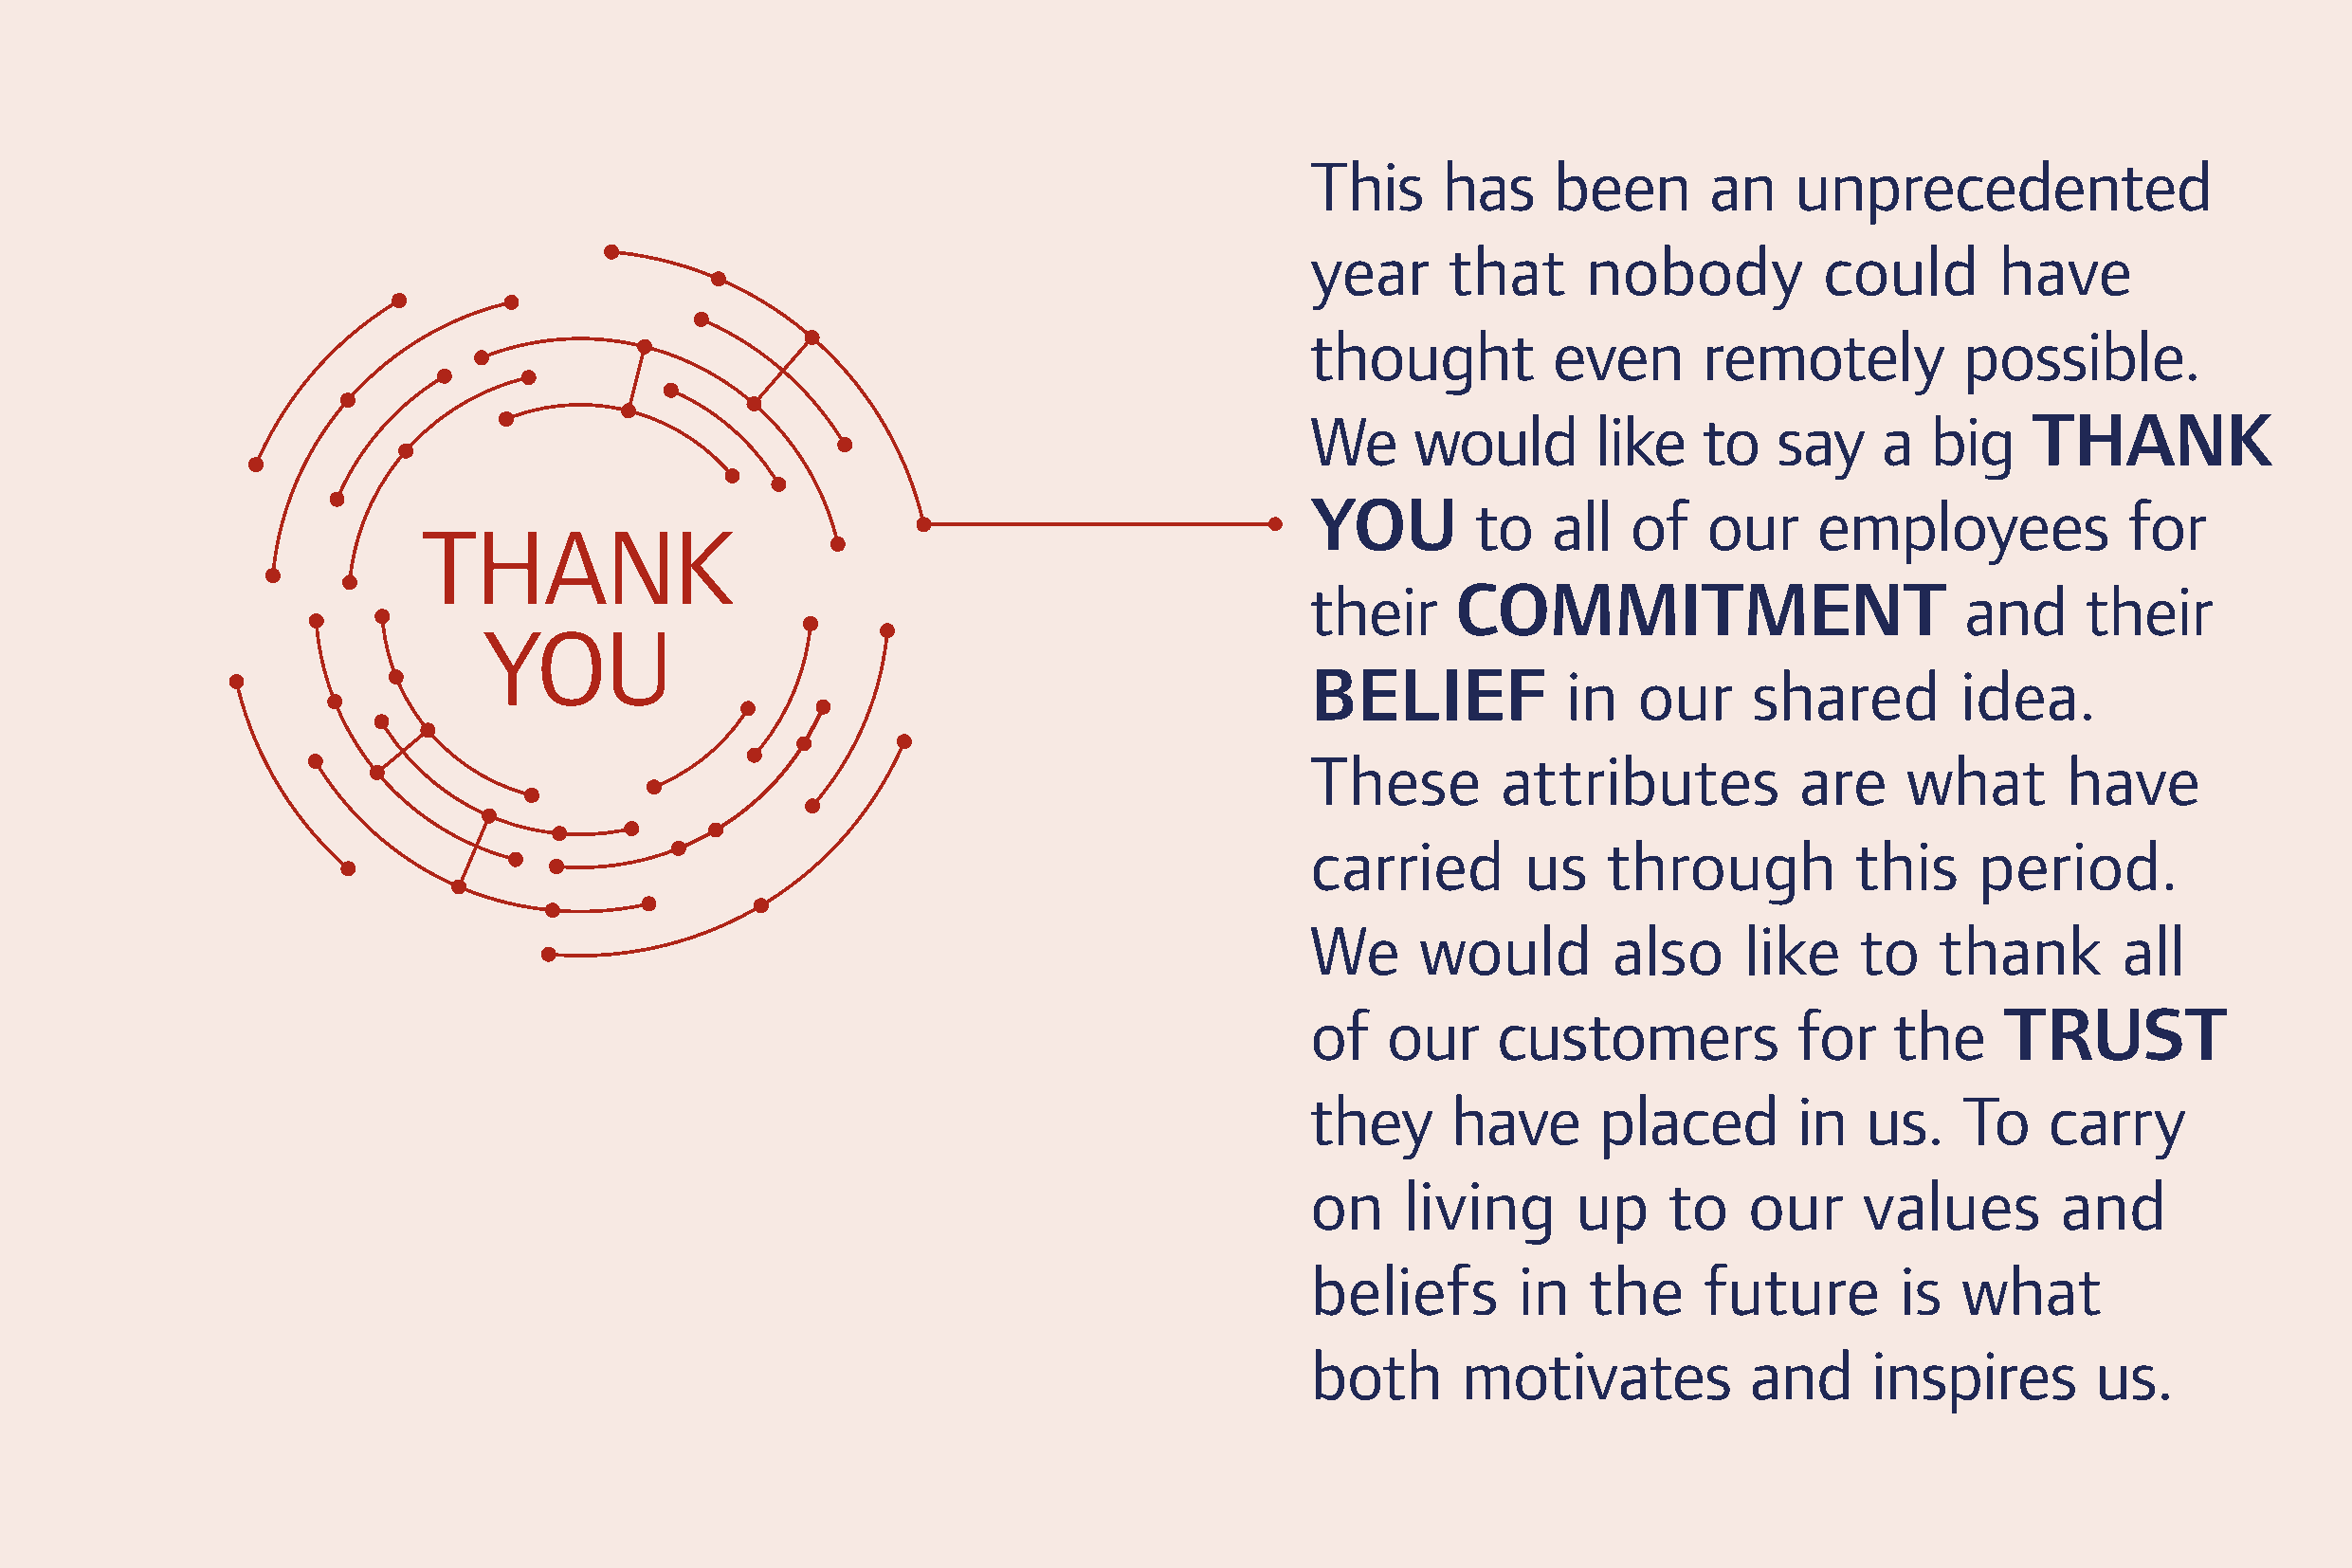
This      has    been       an    unprecedented
 year      that      nobody          could        have
 thought          even       remotely          possible.
 We      would       like    to   say    a   big    THANK
 YOU         to   all   of   our     employ        ees     for
 THANK
 their      COMMITMENT                         and      their
 YOU
 BELIEF            in   our     shared         idea.
 These         attributes           are    what       have
 carried        us    through           this    period.
 We      would         also     like    to   thank        all
 of    our     customers           for    the     TRUST
 they      have       placed       in   us.    To    carry
 on     living      up     to   our     values        and
 beliefs        in   the     future        is  what
 both       motivates           and      inspires       us.